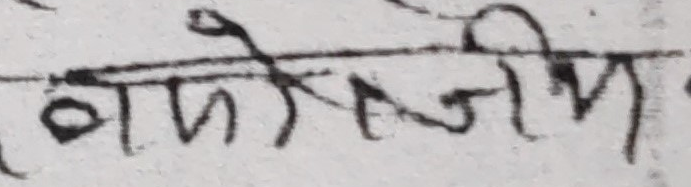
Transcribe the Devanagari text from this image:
वाजेसिम